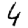
Digit: 4